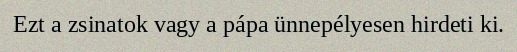
Ezt a zsinatok vagy a pápa ünnepélyesen hirdeti ki.